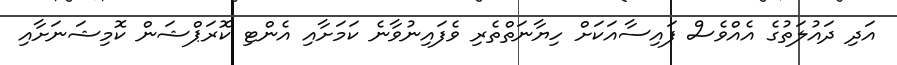
އަދި ދައުލަތުގެ އެއްވެސް ފައިސާއަކަށް ހިޔާނަތްތެރި ވެފައިނުވާނެ ކަމަށާއި އެންޓި ކޮރަޕްޝަން ކޮމިޝަނަށާއި